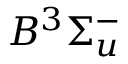
B ^ { 3 } \Sigma _ { u } ^ { - }